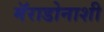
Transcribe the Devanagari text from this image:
मॅराडोनाशी